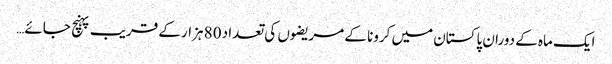
ایک ماہ کے دوران پاکستان میں کرونا کے مریضوں کی تعداد 80 ہزار کے قریب پہنچ جائے…